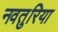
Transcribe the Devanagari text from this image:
नवतुरिया